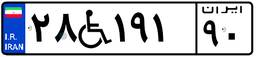
۲۸W۱۹۱۹۰